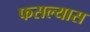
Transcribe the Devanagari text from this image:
फसल्यास